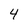
Character: 4